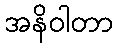
အနိဝါတာ